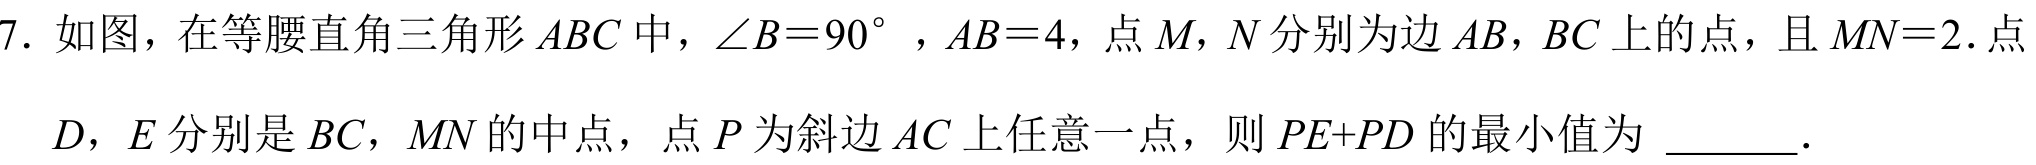
7. 如图，在等腰直角三角形\(ABC\)中，\(\angle B = 90^{\circ}\)，\(AB = 4\)，点\(M\)，\(N\)分别为边\(AB\)，\(BC\)上的点，且\(MN = 2\). 点\(D\)，\(E\)分别是\(BC\)，\(MN\)的中点，点\(P\)为斜边\(AC\)上任意一点，则\(PE + PD\)的最小值为 ______.